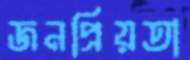
জনপ্রিয়তা